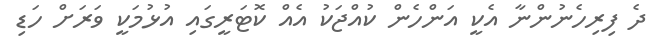
ދެ ފިރިހެނުންނާ އެކީ އަންހެން ކުއްޖަކު އެއް ކޮޓަރީގައި އުޅުމަކީ ވަރަށް ހަޑި